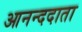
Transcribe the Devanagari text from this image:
आनन्ददाता